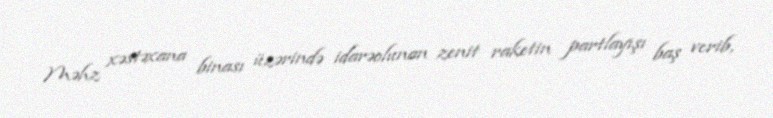
Məhz xəstəxana binası üzərində idarəolunan zenit raketin partlayışı baş verib,